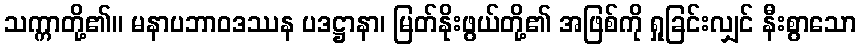
သက္ကာတို့၏။ မနာပဘာဝဒဿန ပဒဋ္ဌာနာ၊ မြတ်နိုးဖွယ်တို့၏ အဖြစ်ကို ရှုခြင်းလျှင် နီးစွာသော